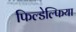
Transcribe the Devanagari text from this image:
फिल्डेल्फिया